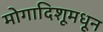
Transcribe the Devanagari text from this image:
मोगादिशूमधून